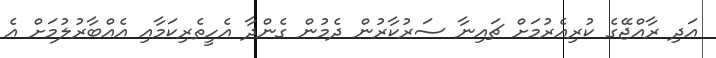
އަދި ރާއްޖޭގެ ކުރިއެރުމަށް ޗައިނާ ސަރުކާރުން ދެމުން ގެންދާ އެހީތެރިކަމާއި އެއްބާރުލުމަށް އެ